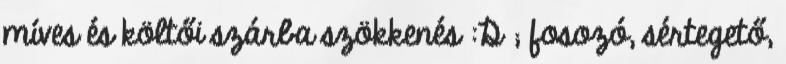
mí­ves és költői szárba szökkenés :D ; fosozó, sértegető,